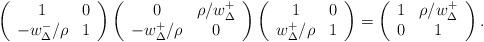
LaTeX: \begin{align*}\left(\begin{array}{cc} 1 & 0 \\ -w_\Delta^-/\rho & 1 \end{array}\right) \left(\begin{array}{cc} 0 & \rho/w_\Delta^+ \\ -w_\Delta^+/\rho & 0 \end{array}\right) \left(\begin{array}{cc} 1 & 0 \\ w_\Delta^+/\rho & 1 \end{array}\right) = \left(\begin{array}{cc} 1 & \rho/w_\Delta^+ \\ 0 & 1 \end{array}\right).\end{align*}